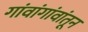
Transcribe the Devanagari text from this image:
गांवांगांवांतून